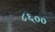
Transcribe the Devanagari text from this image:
८६००